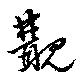
覯